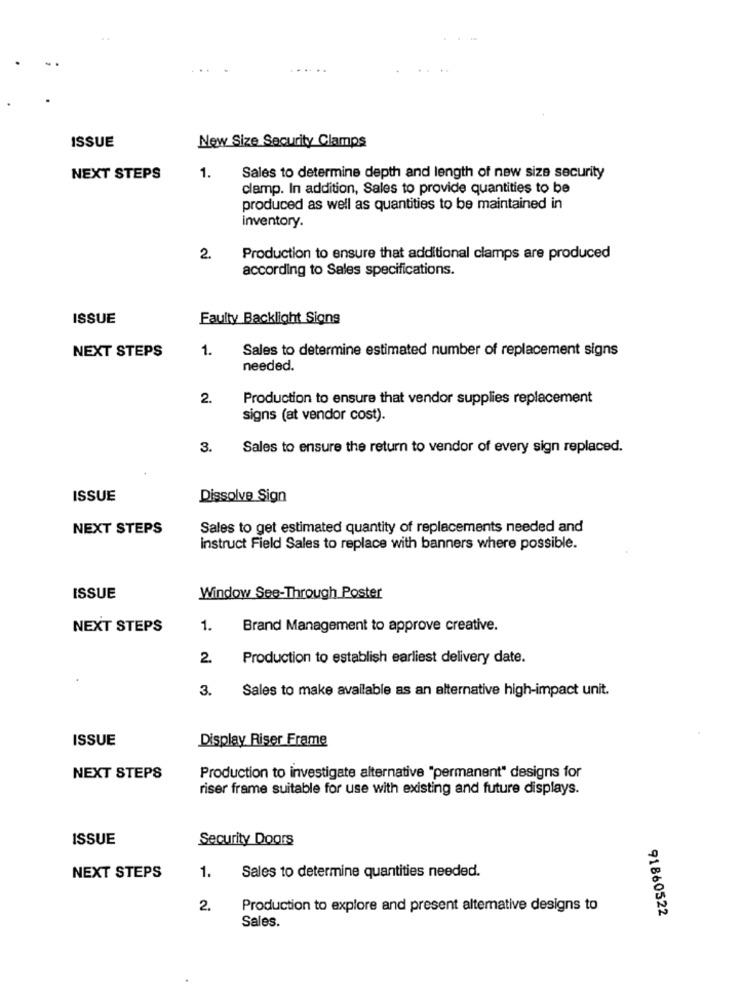
ISSUE
New Size Security Clamps
NEXT STEPS
1.
Sales to determine depth and length of new size security
clamp. In addition, Sales to provide quantities to be
produced as well as quantities to be maintained in
inventory.
2.
Production to ensure that additional clamps are produced
according to Sales specifications.
ISSUE
Faulty Backlight Signs
1.
Sales to determine estimated number of replacement signs
NEXT STEPS
needed.
2.
Production to ensure that vendor supplies replacement
signs (at vendor cost).
3.
Sales to ensure the return to vendor of every sign replaced.
ISSUE
Dissolve Sign
NEXT STEPS
Sales to get estimated quantity of replacements needed and
Instruct Field Sales to replace with banners where possible.
ISSUE
Window See-Through Poster
NEXT STEPS
1.
Brand Management to approve creative.
2.
Production to establish earliest delivery date.
3.
Sales to make available as an alternative high-impact unit.
ISSUE
Display Riser Frame
NEXT STEPS
Production to investigate alternative "permanent" designs for
riser frame suitable for use with existing and future displays.
ISSUE
Security Doors
NEXT STEPS
1.
Sales to determine quantities needed.
2.
Production to explore and present alternative designs to
Sales.
91860522